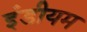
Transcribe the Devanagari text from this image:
इंडीयम